Indian journal of veterinary science and animal husbandry - Volume 1,
Year: 1931
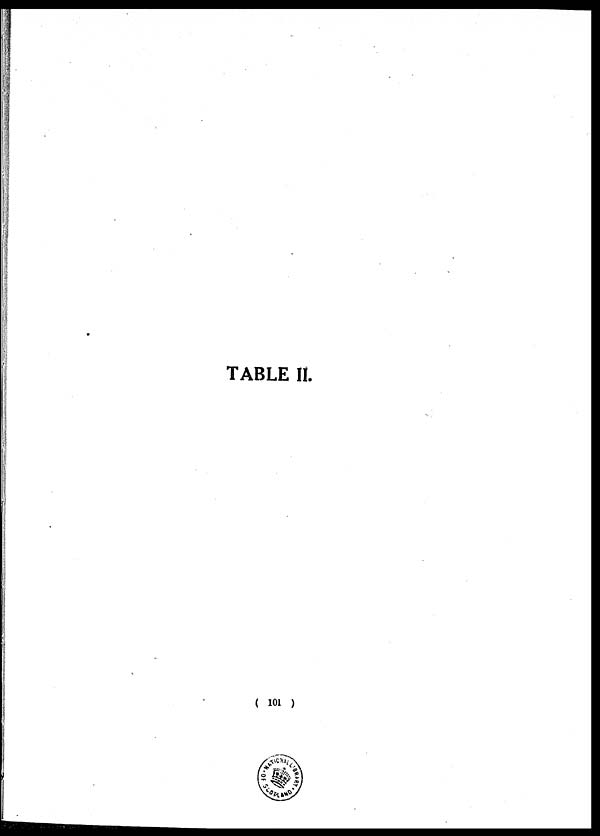
TABLE II.
( 101 )